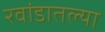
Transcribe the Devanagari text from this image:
रवांडातल्‍या